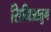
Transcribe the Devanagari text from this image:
सिमिआतुग